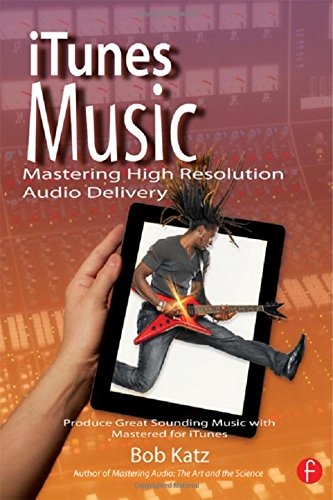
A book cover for iTunes Music: Mastering High Resolution Audio Delivery: Produce Great Sounding Music with Mastered for iTunes; Bob Katz; Computers & Technology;